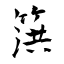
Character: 篊